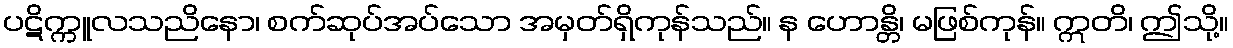
ပဋိက္ကူလသညိနော၊ စက်ဆုပ်အပ်သော အမှတ်ရှိကုန်သည်။ န ဟောန္တိ၊ မဖြစ်ကုန်။ ဣတိ၊ ဤသို့။